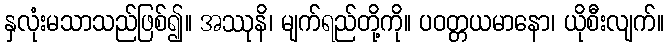
နှလုံးမသာသည်ဖြစ်၍။ အဿုနိ၊ မျက်ရည်တို့ကို။ ပဝတ္တယမာနော၊ ယိုစီးလျက်။